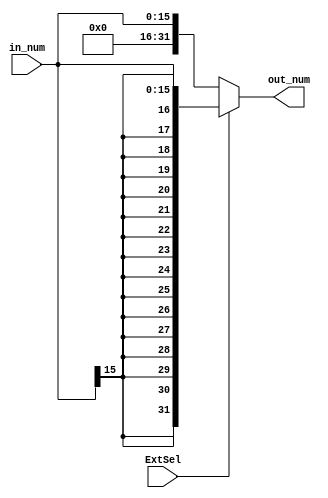
`timescale 1ns / 1ps
//////////////////////////////////////////////////////////////////////////////////
// Company: 
// Engineer: 
// 
// Design Name: 
// Module Name:    SignExtend 
// Project Name: 
// Target Devices: 
// Tool versions: 
// Description: 
//
// Dependencies: 
//
// Revision: 
// Revision 0.01 - File Created
// Additional Comments: 
//
//////////////////////////////////////////////////////////////////////////////////
module SignExtend(in_num, ExtSel, out_num);
	input wire [15:0] in_num;
	input wire  ExtSel;
	output reg [31:0] out_num;
	
	initial begin
		out_num = 0;
	end
	
	always @(in_num or ExtSel) begin
		if (ExtSel)
			out_num = {{16{in_num[15]}}, in_num[15:0]};
		else
			out_num = {{16{1'b0}}, in_num[15:0]};
	end

endmodule